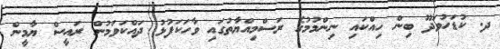
ދ. ކުޑަހުވަދޫ ބިން ހިއްކައި ނިންމުމުގެ ރަސްމިއްޔާތުގައި ވާހަކަފުޅު ދައްކަވަމުން ރައީސް ޔާމީން